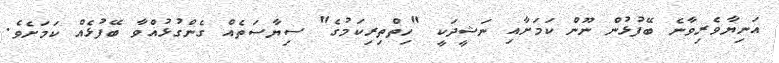
އަނިޔާވެރިވާނެ ބޭފުޅުން ނޫން ކަމަށާއި ނަޝީދަކީ "ހިތްތިރިކަމުގެ" ސިޔާސަތެއް ގެންގުޅުއްވާ ބޭފުޅެއް ކަމަށެވެ.